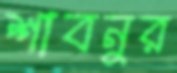
শাবনুর